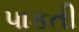
પાકતી